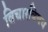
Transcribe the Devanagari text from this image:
विचारविषय